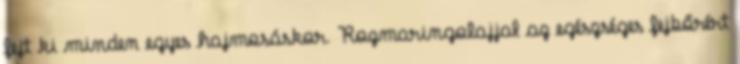
fejt ki minden egyes hajmosáskor. Rozmaringolajjal az egészséges fejbőrért